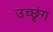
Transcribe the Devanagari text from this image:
उच्छृंग